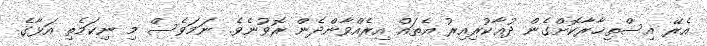
އެރޭ އިސްތިޚާރާކޮށްގެން ދުޢާކުރިއިރު އެތައް އިރެއްވާންދެން ރޮވުނެވެ. ނަމަވެސް މި ނިކަމެތި އަޅާގެ